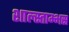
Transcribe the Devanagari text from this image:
शाल्स्ताम्भस